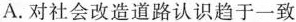
A.对社会改造道路认识趋于一致